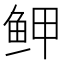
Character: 𱇟